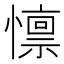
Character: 懔